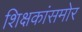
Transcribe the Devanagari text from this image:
शिक्षकांसमोर